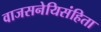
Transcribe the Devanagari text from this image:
वाजसनेयिसंहिता